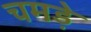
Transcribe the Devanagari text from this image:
चमडे़